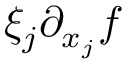
\xi _ { j } \partial _ { x _ { j } } f